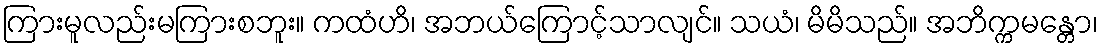
ကြားမူလည်းမကြားစဘူး။ ကထံဟိ၊ အဘယ်ကြောင့်သာလျင်။ သယံ၊ မိမိသည်။ အဘိက္ကမန္တော၊